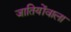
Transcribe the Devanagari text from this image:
जातियोंवाला